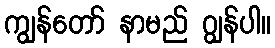
ကျွန်တော် နာမည် ဂျွန်ပါ။